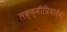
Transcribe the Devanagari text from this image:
लक्ष्मीप्रियादेवी